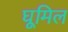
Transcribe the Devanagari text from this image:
घूमिल